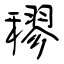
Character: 穋